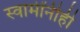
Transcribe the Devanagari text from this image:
स्वामींनीही